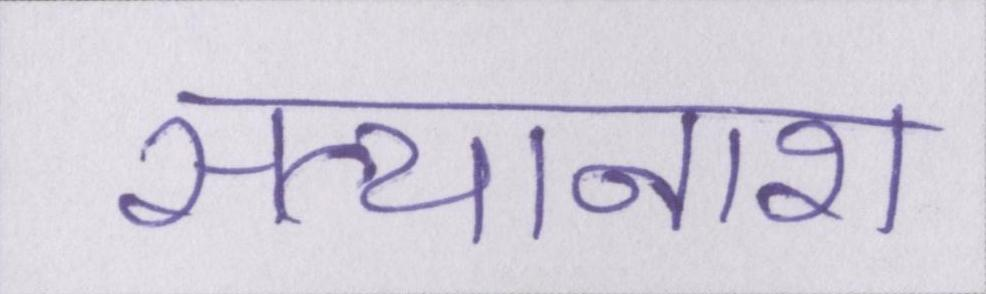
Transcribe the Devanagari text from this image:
सत्यानाश